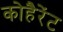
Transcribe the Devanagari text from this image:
कोहैरेंट